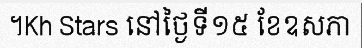
។Kh Stars នៅថ្ងៃទី១៥ ខែឧសភា